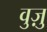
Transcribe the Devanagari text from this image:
वुज़ु